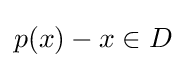
p(x)-x\in D